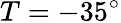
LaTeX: T=-35^{\circ}